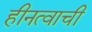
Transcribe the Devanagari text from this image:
हीनत्वाची